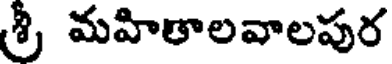
శ్రీ మహితాలవాలపుర